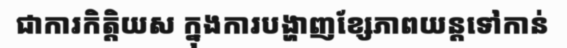
ជាការកិត្តិយស ក្នុងការបង្ហាញខ្សែភាពយន្តទៅកាន់